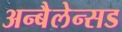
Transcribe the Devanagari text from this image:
अन्बैलेन्सड